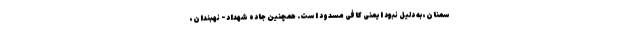
سمنان، به دلیل نبود ایمنی کافی مسدود است. همچنین جاده شهداد - نهبندان،